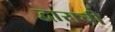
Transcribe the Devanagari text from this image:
द्वाराची